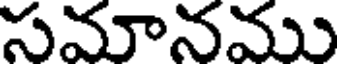
సమానము